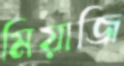
মিয়াজি